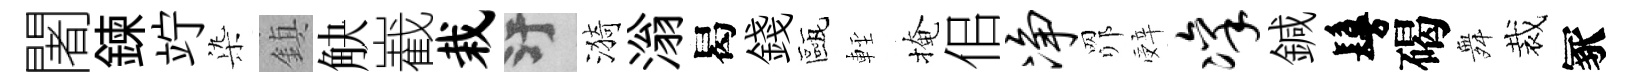
闍鍊竚𣑱鎮觖嶻栽污漪滃曷錢甌䡖掩佀净𦊑辤凛鍼鬘碣舞裁冢